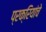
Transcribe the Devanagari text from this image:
प्रक्रियांचे